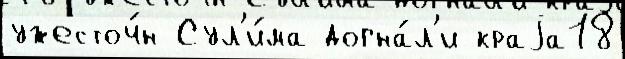
ужесточ́н Сул'и́ма догна́л'и краjа18